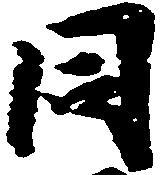
同